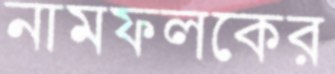
নামফলকের